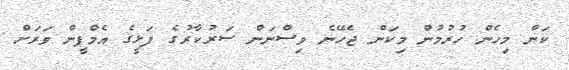
ކަން މިހެން ހުރުމުން މިކަން ޖެހޭނެ ވިސްނަން ސަރުކާރުގެ ފަޅީގެ އެމްޕީން ވަރަށް